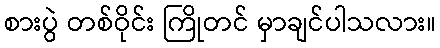
စားပွဲ တစ်ဝိုင်း ကြိုတင် မှာချင်ပါသလား။